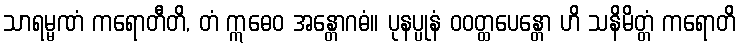
သာရမ္မဏံ ကရောတီတိ, တံ ဣဓေဝ အန္တောဂဓံ။ ပုနပ္ပုနံ ဝဝတ္ထပေန္တော ဟိ သနိမိတ္တံ ကရောတိ